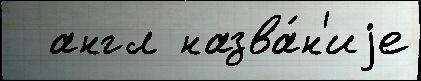
  англ назва́н'иjе